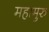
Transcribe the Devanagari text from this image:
महामुरु